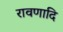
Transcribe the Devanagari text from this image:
रावणादि